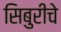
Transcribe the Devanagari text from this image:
सिबुरीचे